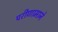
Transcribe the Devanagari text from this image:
परीणामाने